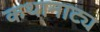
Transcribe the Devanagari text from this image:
कथानाट्य